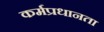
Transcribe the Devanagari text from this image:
कर्मप्रधानता